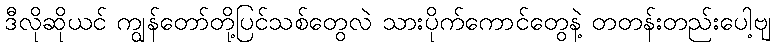
ဒီလိုဆိုယင် ကျွန်တော်တို့ပြင်သစ်တွေလဲ သားပိုက်ကောင်တွေနဲ့ တတန်းတည်းပေါ့ဗျ